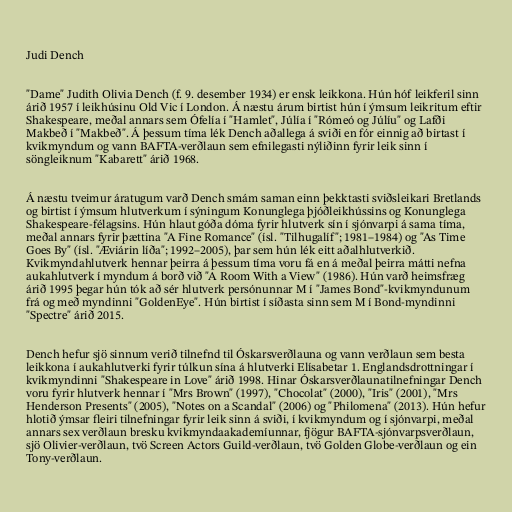
Judi Dench

"Dame" Judith Olivia Dench (f. 9. desember 1934) er ensk leikkona. Hún hóf leikferil sinn
árið 1957 í leikhúsinu Old Vic í London. Á næstu árum birtist hún í ýmsum leikritum eftir
Shakespeare, meðal annars sem Ófelía í "Hamlet", Júlía í "Rómeó og Júlíu" og Lafði
Makbeð í "Makbeð". Á þessum tíma lék Dench aðallega á sviði en fór einnig að birtast í
kvikmyndum og vann BAFTA-verðlaun sem efnilegasti nýliðinn fyrir leik sinn í
söngleiknum "Kabarett" árið 1968.

Á næstu tveimur áratugum varð Dench smám saman einn þekktasti sviðsleikari Bretlands
og birtist í ýmsum hlutverkum í sýningum Konunglega þjóðleikhússins og Konunglega
Shakespeare-félagsins. Hún hlaut góða dóma fyrir hlutverk sín í sjónvarpi á sama tíma,
meðal annars fyrir þættina "A Fine Romance" (ísl. "Tilhugalíf"; 1981–1984) og "As Time
Goes By" (ísl. "Æviárin líða"; 1992–2005), þar sem hún lék eitt aðalhlutverkið.
Kvikmyndahlutverk hennar þeirra á þessum tíma voru fá en á meðal þeirra mátti nefna
aukahlutverk í myndum á borð við "A Room With a View" (1986). Hún varð heimsfræg
árið 1995 þegar hún tók að sér hlutverk persónunnar M í "James Bond"-kvikmyndunum
frá og með myndinni "GoldenEye". Hún birtist í síðasta sinn sem M í Bond-myndinni
"Spectre" árið 2015.

Dench hefur sjö sinnum verið tilnefnd til Óskarsverðlauna og vann verðlaun sem besta
leikkona í aukahlutverki fyrir túlkun sína á hlutverki Elísabetar 1. Englandsdrottningar í
kvikmyndinni "Shakespeare in Love" árið 1998. Hinar Óskarsverðlaunatilnefningar Dench
voru fyrir hlutverk hennar í "Mrs Brown" (1997), "Chocolat" (2000), "Iris" (2001), "Mrs
Henderson Presents" (2005), "Notes on a Scandal" (2006) og "Philomena" (2013). Hún hefur
hlotið ýmsar fleiri tilnefningar fyrir leik sinn á sviði, í kvikmyndum og í sjónvarpi, meðal
annars sex verðlaun bresku kvikmyndaakademíunnar, fjögur BAFTA-sjónvarpsverðlaun,
sjö Olivier-verðlaun, tvö Screen Actors Guild-verðlaun, tvö Golden Globe-verðlaun og ein
Tony-verðlaun.